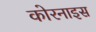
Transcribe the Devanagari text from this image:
कोरनाइस